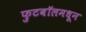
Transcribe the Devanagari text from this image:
फुटबॉलमधून